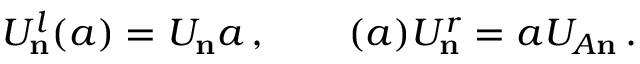
U _ { \bf n } ^ { l } ( a ) = U _ { \bf n } a \, , \qquad ( a ) U _ { \bf n } ^ { r } = a U _ { A \bf n } \, .